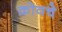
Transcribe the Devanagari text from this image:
क्रोवचे